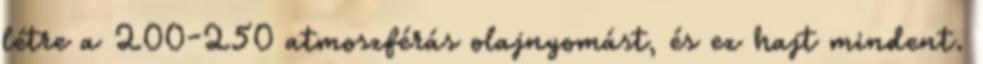
létre a 200-250 atmoszférás olajnyomást, és ez hajt mindent.